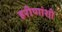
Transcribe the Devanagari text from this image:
हरीणांशी